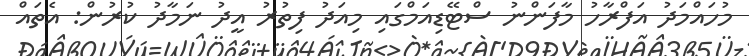
މުހައްމަދު އަފްރާހު މާފަންނު ސްޓޭޑިއަމްގައި މިއަދު ފިތުރު އީދު ނަމާދު ކުރުން: އެތައް